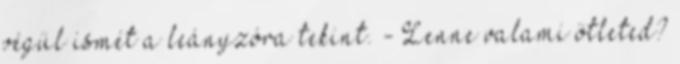
végül ismét a leányzóra tekint. - Lenne valami ötleted?